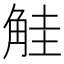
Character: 觟